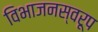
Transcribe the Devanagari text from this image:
विभाजनस्वरूप